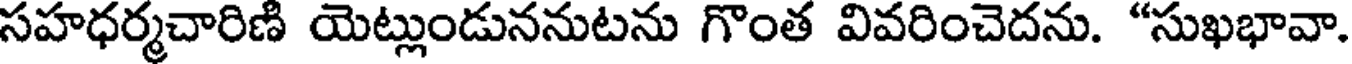
సహధర్మచారిణి యెట్లుండుననుటను గొంత వివరించెదను. "సుఖభావా.